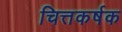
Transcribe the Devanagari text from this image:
चित्तकर्षक